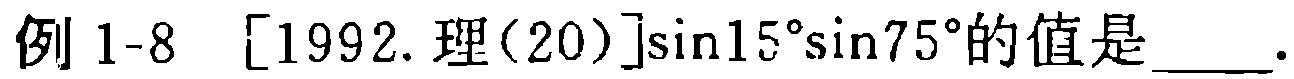
例 1-8 [1992. 理(20)]$\sin15^{\circ}\sin75^{\circ}$的值是____.